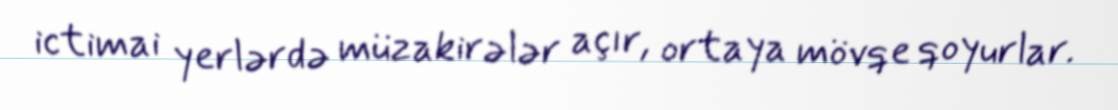
ictimai yerlərdə müzakirələr açır, ortaya mövqe qoyurlar.